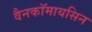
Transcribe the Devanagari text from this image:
वैनकॉमायसिन